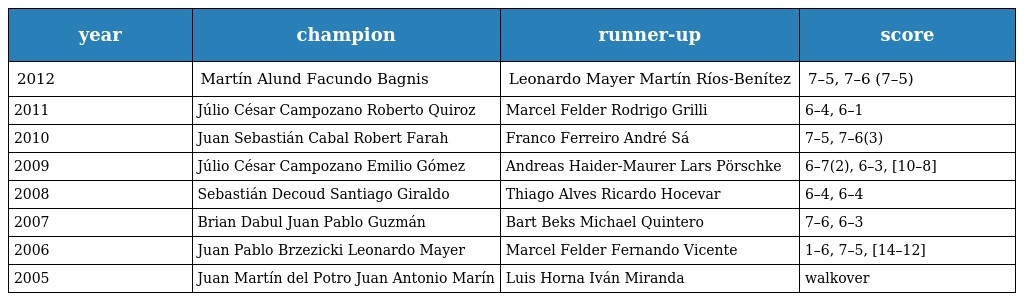
| year | champion | runner-up | score |
 | --- | --- | --- | --- |
 | 2012 | Martín Alund Facundo Bagnis | Leonardo Mayer Martín Ríos-Benítez | 7–5, 7–6 (7–5) |
 | 2011 | Júlio César Campozano Roberto Quiroz | Marcel Felder Rodrigo Grilli | 6–4, 6–1 |
 | 2010 | Juan Sebastián Cabal Robert Farah | Franco Ferreiro André Sá | 7–5, 7–6(3) |
 | 2009 | Júlio César Campozano Emilio Gómez | Andreas Haider-Maurer Lars Pörschke | 6–7(2), 6–3, [10–8] |
 | 2008 | Sebastián Decoud Santiago Giraldo | Thiago Alves Ricardo Hocevar | 6–4, 6–4 |
 | 2007 | Brian Dabul Juan Pablo Guzmán | Bart Beks Michael Quintero | 7–6, 6–3 |
 | 2006 | Juan Pablo Brzezicki Leonardo Mayer | Marcel Felder Fernando Vicente | 1–6, 7–5, [14–12] |
 | 2005 | Juan Martín del Potro Juan Antonio Marín | Luis Horna Iván Miranda | walkover |